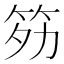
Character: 䇟